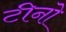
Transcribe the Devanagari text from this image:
टीनो